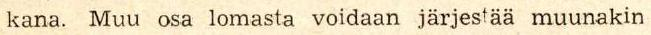
kana. Muu osa lomasta voidaan järjestää muunakin